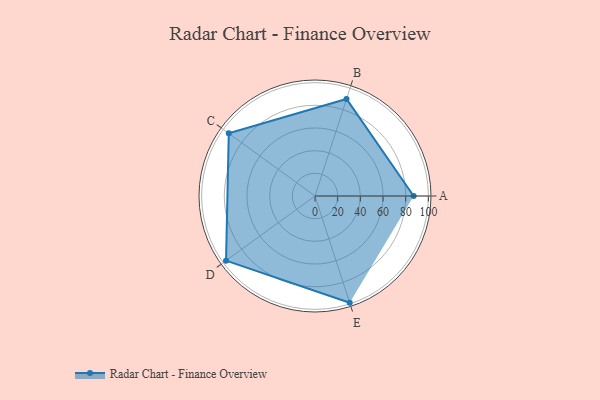
{"axis": {"x": "Skill", "y": "Score"}, "legend": ["Profile"], "data": [{"x": "A", "y": 87.0, "type": "Profile"}, {"x": "B", "y": 90.0, "type": "Profile"}, {"x": "C", "y": 94.0, "type": "Profile"}, {"x": "D", "y": 97.0, "type": "Profile"}, {"x": "E", "y": 99, "type": "Profile"}]}